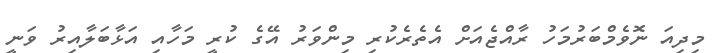
މިދިއަ ނޮވެމްބަރުމަހު ރާއްޖެއަށް އެތެރެކުރި މިންވަރު އޭގެ ކުރީ މަހާއި އަޅާބަލާއިރު ވަނީ